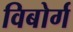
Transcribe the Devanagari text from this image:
विबोर्ग